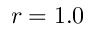
r = 1 . 0